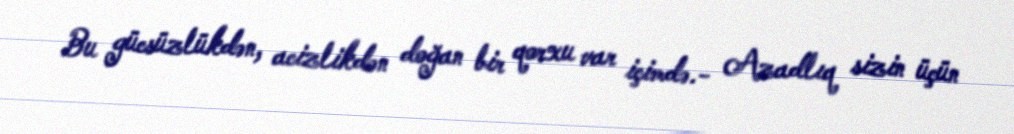
Bu gücsüzlükdən, acizlikdən doğan bir qorxu var içimdə.- Azadlıq sizin üçün